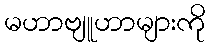
မဟာဗျူဟာများကို